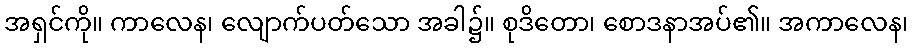
အရှင်ကို။ ကာလေန၊ လျောက်ပတ်သော အခါ၌။ စုဒိတော၊ စောဒနာအပ်၏။ အကာလေန၊